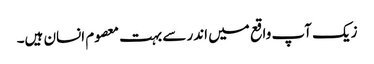
زیک آپ واقع میں اندر سے بہت معصوم انسان ہیں۔